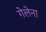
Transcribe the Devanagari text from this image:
गेलेना